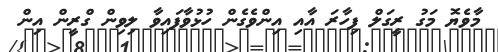
މާވެޔޮ މަގު ރީގަލް ފިހާރަ އާއި އިންވެގެން ހުޅުވާފައިވާ ލިވިން ގްރީން އިން